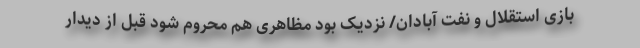
بازی استقلال و نفت آبادان/ نزدیک بود مظاهری هم محروم شود قبل از دیدار